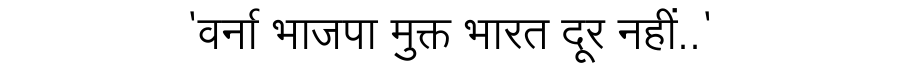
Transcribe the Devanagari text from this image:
'वर्ना भाजपा मुक्त भारत दूर नहीं..'